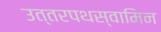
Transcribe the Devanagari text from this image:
उत्तरपथस्वामिन